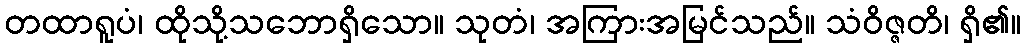
တထာရူပံ၊ ထိုသို့သဘောရှိသော။ သုတံ၊ အကြားအမြင်သည်။ သံဝိဇ္ဇတိ၊ ရှိ၏။